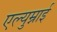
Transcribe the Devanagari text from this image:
एल्युम्नाई